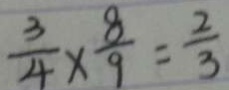
\frac { 3 } { 4 } \times \frac { 8 } { 9 } = \frac { 2 } { 3 }